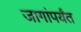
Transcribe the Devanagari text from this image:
जागांपर्यंत